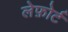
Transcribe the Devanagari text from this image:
लेफ़ोर्ट